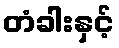
တံခါးနှင့်